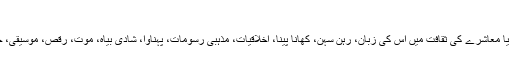
تفصیل سے پڑھیے
کلچر کی تمام تعریفوں میں ایک بات مشترک ہے کہ یہ ایک Complex Whole ہے یعنی ایک قوم یا معاشرے کی ثقافت میں اس کی زبان، رہن سہن، کھانا پینا، اخلاقیات، مذہبی رسومات، پہناوا، شادی بیاہ، موت، رقص، موسیقی، جنگ و جدال، دوستی و دُشمنی غرض ہر وہ چیز شامل ہوتی ہے جس اس قوم کے لیے خاص ہوتی ہے۔